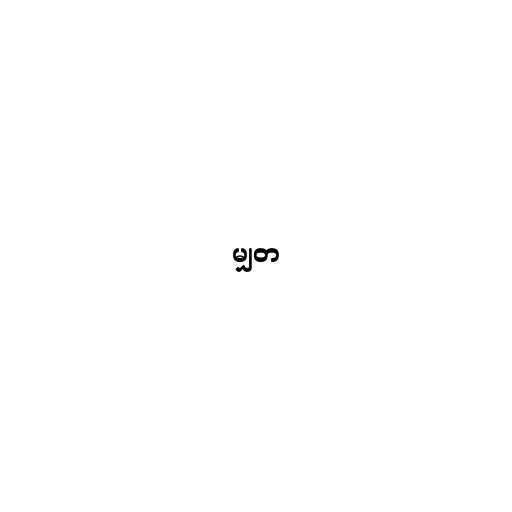
မျှတ